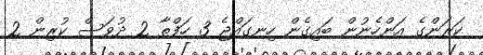
ކަރަންގެ އަންހެނުން ބައިގެން ހިނގައްޖެ 3 ހަފްތާ 2 ދުވަސް ކުރިން 2